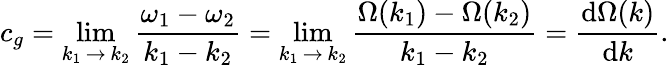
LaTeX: c_{g}=\operatorname*{lim}_{k_{1}\, \to\, k_{2}}{\frac{\omega_{1}-\omega_{2}}{k_{1}-k_{2}}}=\operatorname*{lim}_{k_{1}\, \to\, k_{2}}{\frac{\Omega(k_{1})-\Omega(k_{2})}{k_{1}-k_{2}}}={\frac{{\mathrm{d}}\Omega(k)}{{\mathrm{d}}k}}.